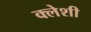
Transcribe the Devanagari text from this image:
क्लेशी